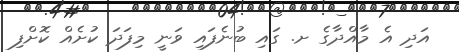
އަދި އެ މާއްދާގެ ށ. ގައި ބުނެފައި ވަނީ މިފަދަ ކުށެއް ކޮށްފި